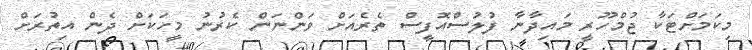
މިކަމަށްޓަކާ ޖުމްހޫރީ މައިދާނާ ފުލުސްއޮފީސް ތެރެއަށް ވަންނަން ކެރުނު މީހަކަށް ދެން އިތުރަށް